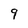
Character: 9